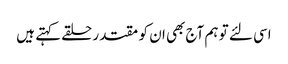
اسی لئے تو ہم آج بھی ان کو مقتدر حلقے کہتے ہیں